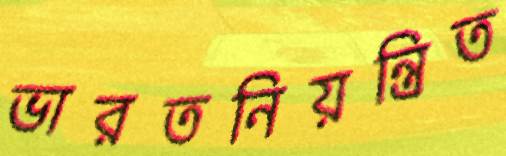
ভারতনিয়ন্ত্রিত